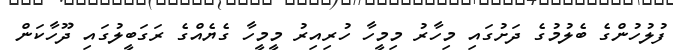
ފުލުހުންގެ ބެލުމުގެ ދަށުގައި މިހާރު މިމީހާ ހުރިއިރު މީމީހާ ގެޔެއްގެ ރަގަބީލުގައި ދޫހާކަން